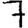
Digit: 7